Report on the lunatic asylums under the Government of Bombay - 1904-1913
Year: 1904
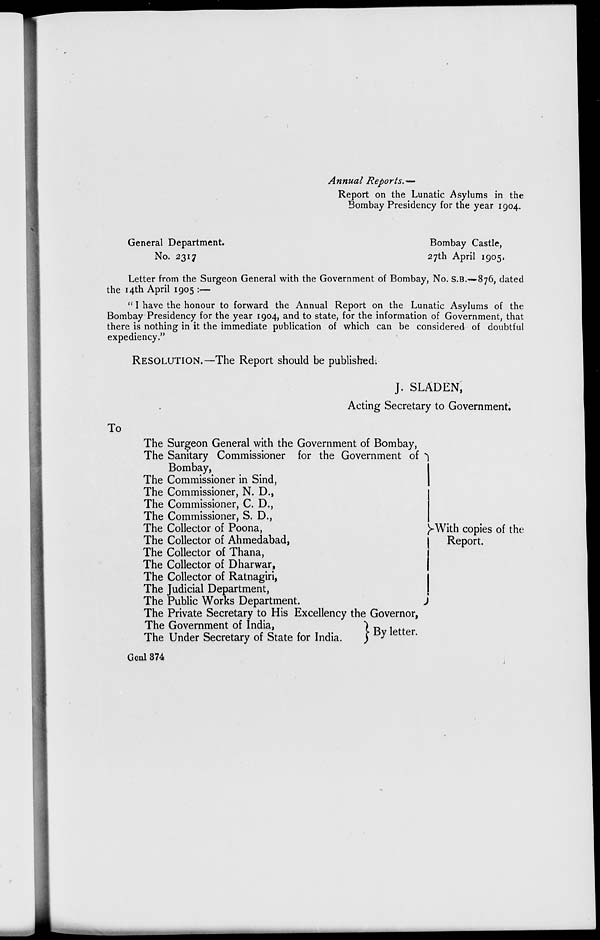
Annual
Reports.–
Report on the Lunatic Asylums in the
Bombay Presidency for the year 1904.
General Department,
Bombay Castle,
No. 2317
27th April 1905.
Letter from the Surgeon General with the Government of Bombay, No. S.B.—876, dated
the 14th April 1905 :—
" I have the honour to forward the Annual Report on the Lunatic Asylums of the
Bombay Presidency for the year 1904, and to state, for the information of Government, that
there is nothing in it the immediate publication of which can be considered of doubtful
expediency."
RESOLUTION.—The Report should be published.
J. SLADEN,
Acting Secretary to Government.
To
The Surgeon General with the Government of Bombay,
The Sanitary Commissioner for the Government of
Bombay,
The Commissioner in Sind,
The Commissioner, N. D.,
The Commissioner, C. D.,
The Commissioner, S. D.,
The Collector of Poona,
The Collector of Ahmedabad,
The Collector of Thana,
The Collector of Dharwar,
The Collector of Ratnagiri,
The Judicial Department,
The Public Works Department.
With copies of the
Report.
The Private Secretary to His Excellency the Governor,
The Government of India,
The Under Secretary of State for India.
By letter.
Genl 374